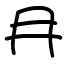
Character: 冄